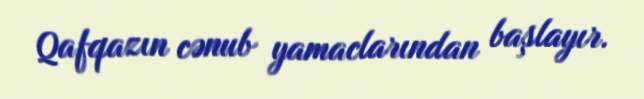
Qafqazın cənub yamaclarından başlayır.